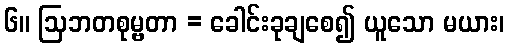
၆။ ဩဘတစုမ္ဗတာ = ခေါင်းခုချစေ၍ ယူသော မယား၊